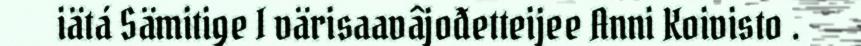
iätá Sämitige I värisaavâjođetteijee Anni Koivisto .